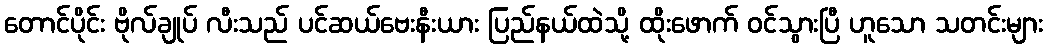
တောင်ပိုင်း ဗိုလ်ချုပ် လီးသည် ပင်ဆယ်ဗေးနီးယား ပြည်နယ်ထဲသို့ ထိုးဖောက် ဝင်သွားပြီ ဟူသော သတင်းများ